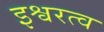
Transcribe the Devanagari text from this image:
इश्वरत्व